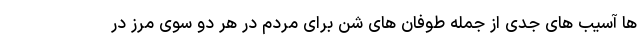
ها آسیب های جدی از جمله طوفان های شن برای مردم در هر دو سوی مرز در